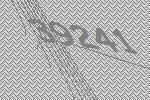
39241